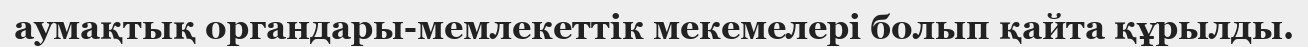
аумақтық органдары-мемлекеттік мекемелері болып қайта құрылды.